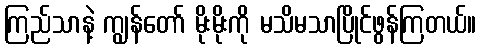
ကြည်သာနဲ့ ကျွန်တော် မိုးမိုးကို မသိမသာပြိုင်ဖွန်ကြတယ်။